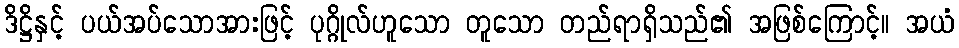
ဒိဋ္ဌိနှင့် ပယ်အပ်သောအားဖြင့် ပုဂ္ဂိုလ်ဟူသော တူသော တည်ရာရှိသည်၏ အဖြစ်ကြောင့်။ အယံ